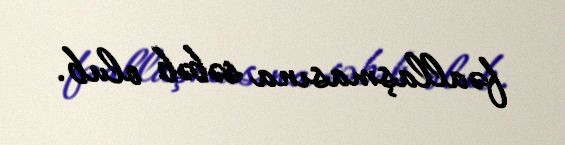
fəallaşmasına səbəb olub.